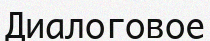
Диалоговое